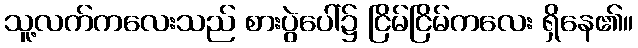
သူ့လက်ကလေးသည် စားပွဲပေါ်၌ ငြိမ်ငြိမ်ကလေး ရှိနေ၏။